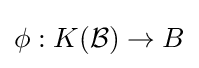
\phi :K({\mathcal {B}})\to B